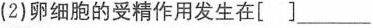
(2)卵细胞的受精作用发生在[] ___